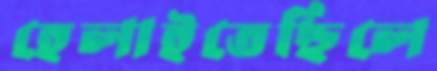
হেলাইতেছিলে